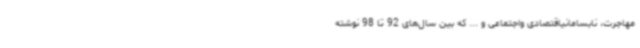
مهاجرت، نابسامانیاقتصادی واجتماعی و ... که بین سال‌های 92 تا 98 نوشته